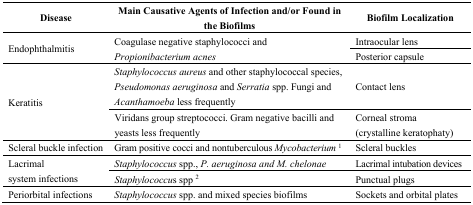
<table><thead><tr><td><b>Disease</b></td><td><b>Main Causative Agents of Infection and/or Found in the Biofilms</b></td><td><b>Biofilm Localization</b></td></tr></thead><tbody><tr><td rowspan="2">Endophthalmitis</td><td rowspan="2">Coagulase negative staphylococci and <i>Propionibacterium acnes</i></td><td>Intraocular lens </td></tr><tr><td>Posterior capsule</td></tr><tr><td rowspan="2">Keratitis</td><td><i>Staphylococcus aureus</i> and other staphylococcal species, <i>Pseudomonas aeruginosa</i> and <i>Serratia</i> spp. Fungi and <i>Acanthamoeba</i> less frequently</td><td>Contact lens </td></tr><tr><td>Viridans group streptococci. Gram negative bacilli and yeasts less frequently</td><td>Corneal stroma (crystalline keratophaty)</td></tr><tr><td>Scleral buckle infection</td><td>Gram positive cocci and nontuberculous<i>Mycobacterium</i><sup>1</sup></td><td>Scleral buckles</td></tr><tr><td rowspan="2">Lacrimal system infections</td><td><i>Staphylococcus</i> spp., <i>P. aeruginosa and M. chelonae</i></td><td>Lacrimal intubation devices</td></tr><tr><td><i>Staphylococcus</i> spp <sup>2</sup></td><td>Punctual plugs</td></tr><tr><td>Periorbital infections </td><td><i>Staphylococcus</i> spp. and mixed species biofilms</td><td><i>Sockets</i> and orbital plates</td></tr></tbody></table>